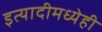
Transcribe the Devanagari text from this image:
इत्यादीमध्येही